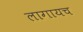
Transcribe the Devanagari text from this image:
लागायच